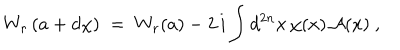
LaTeX: W _ { r } \left( a + d \chi \right) \; = \; W _ { r } ( a ) - 2 \, i \int d ^ { 2 n } x \, \chi ( x ) \, { \mathcal A } ( x ) ~ ,